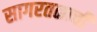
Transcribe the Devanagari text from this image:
सागरतळाची